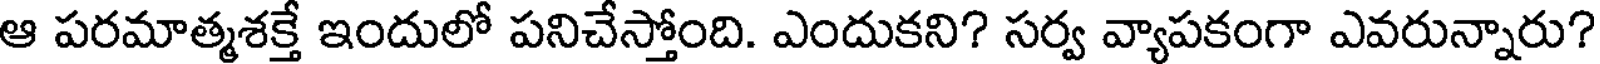
ఆ పరమాత్మశక్తే ఇందులో పనిచేస్తోంది. ఎందుకని? సర్వ వ్యాపకంగా ఎవరున్నారు?